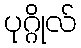
ပုဂ္ဂိုလ်